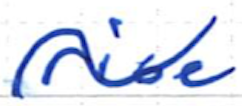
Text: rise
Cross-out: wave
Writing tool: ballpoint